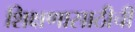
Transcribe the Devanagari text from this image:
शिक्षणासाठीची